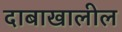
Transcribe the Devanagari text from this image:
दाबाखालील